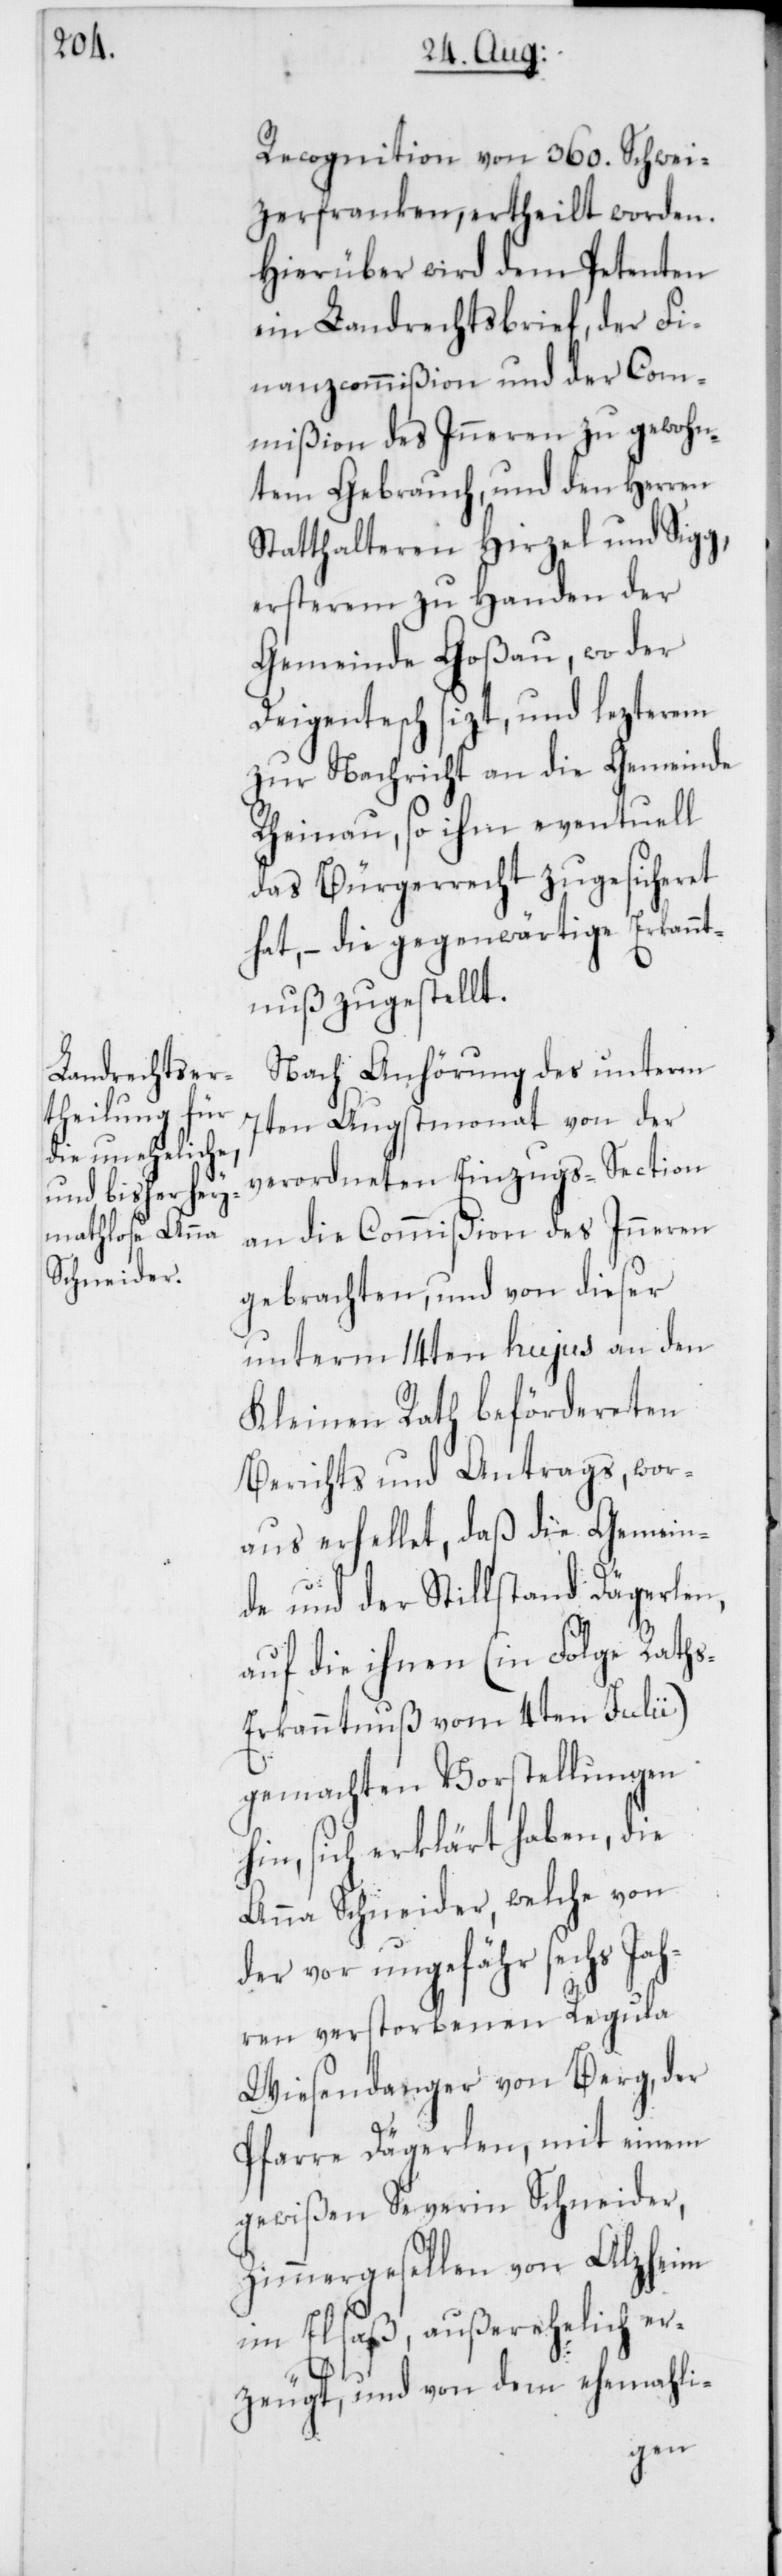
Recognition von 360. Schwei¬
zerfranken, ertheilt worden.
Hierüber wird dem Petenten
ein Landrechtsbrief, der Fi¬
nanzcommißion und der Com¬
mißion des Inneren zu gewohn¬
tem Gebrauch, und den Herren
Statthalteren Hirzel und Sigg,
ersterem zu Handen der
Gemeinde Goßau, wo der
Deigentesch sizt, und lezterem
zur Nachricht an die Gemeinde
Rheinau, so ihm eventuell
das Bürgerrecht zugesicheret
hat, – die gegenwärtige Erkann¬
tnuß zugestellt.
Nach Anhörung des unterm
7ten Augstmonat von der
verordneten Einzugs-Section
an die Commißion des Inneren
gebrachten, und von dieser
unterm 14ten hujus an den
Kleinen Rath befördereten
Berichts und Antrags, wor¬
aus erhellet, daß die Gemein¬
de und der Stillstand Dägerlen,
auf die ihnen (in Folge Rath¬
s-Erkanntnuß vom 4ten Julii)
gemachten Vorstellungen
hin, sich erklärt haben, die
Anna Schneider, welche von
der vor ungefähr sechs Jah¬
ren verstorbenen Regula
Wiesendanger von Berg, der
Pfarre Dägerlen, mit einem
gewißen Severin Schneider,
Zimmergesellen von Alzheim
im Elsaß, außerehelich er¬
zeugt, und von dem ehemali-